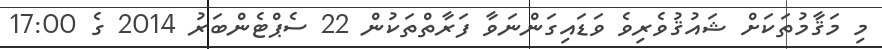
މި މަޤާމުތަކަށް ޝައުޤުވެރިވެ ވަޑައިގަންނަވާ ފަރާތްތަކުން 22 ސެޕްޓެންބަރު 2014 ގެ 17:00